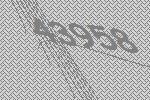
43958